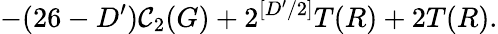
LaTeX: -(26-D^{\prime})\mathcal{C}_{2}(G)+2^{[D^{\prime}/2]}T(R)+2T(R).